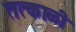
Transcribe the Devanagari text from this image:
तत्काळी